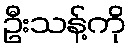
ဦးသန့်ကို